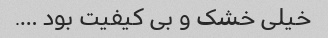
خیلی خشک و بی کیفیت بود ….